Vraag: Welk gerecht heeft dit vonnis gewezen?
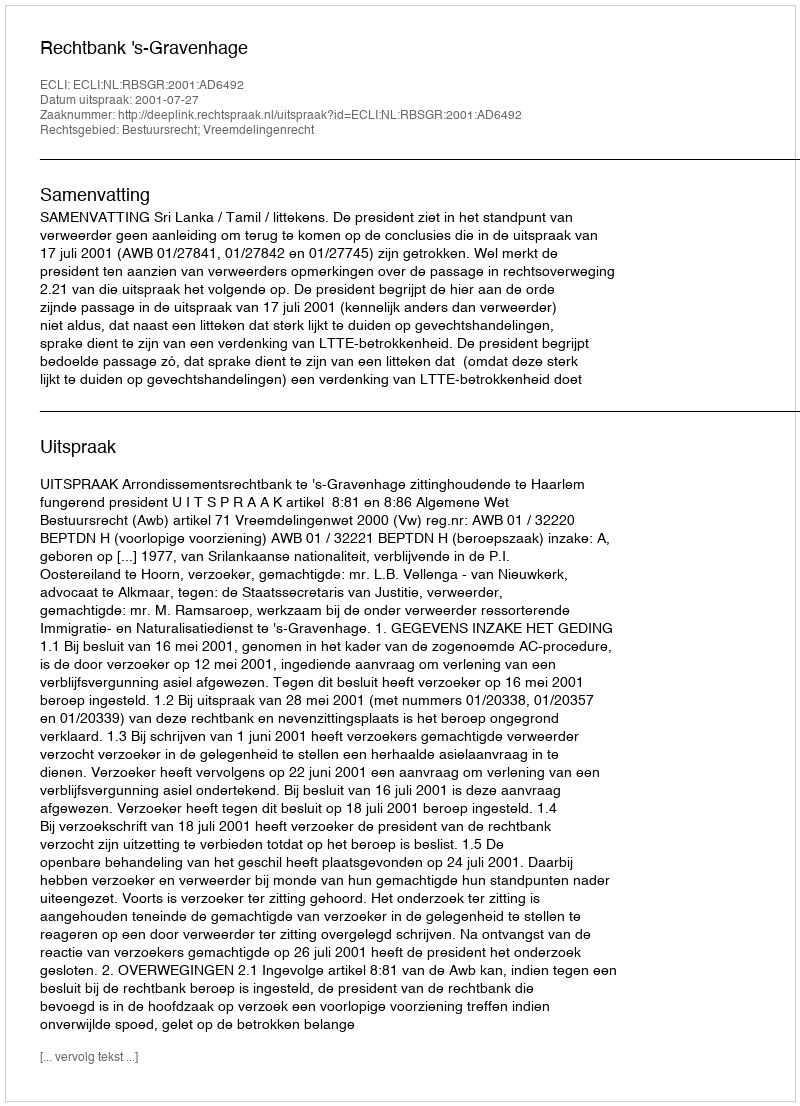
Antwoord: Rechtbank 's-Gravenhage